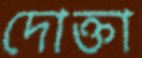
দোক্তা